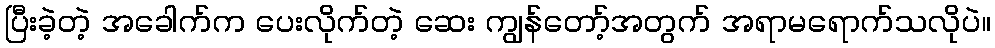
ပြီးခဲ့တဲ့ အခေါက်က ပေးလိုက်တဲ့ ဆေး ကျွန်တော့်အတွက် အရာမရောက်သလိုပဲ။